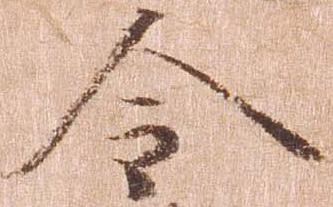
令